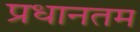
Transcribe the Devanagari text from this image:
प्रधानतम